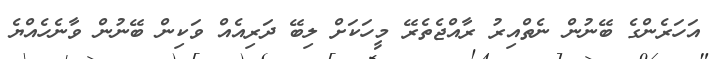
އަހަރެންގެ ބޭނުން ނެތްއިރު ރާއްޖެތެރޭ މީހަކަށް ލިބޭ ދަރިއެއް ވަކިން ބޭނުން ވާނެހެއްޔެ